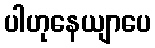
ပါဟုနေယျာပေ